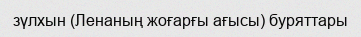
зүлхын (Ленаның жоғарғы ағысы) буряттары